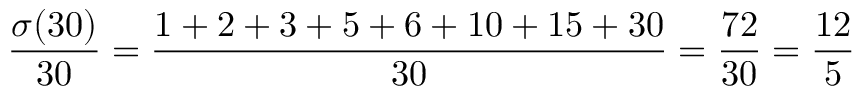
{ \frac { \sigma ( 3 0 ) } { 3 0 } } = { \frac { 1 + 2 + 3 + 5 + 6 + 1 0 + 1 5 + 3 0 } { 3 0 } } = { \frac { 7 2 } { 3 0 } } = { \frac { 1 2 } { 5 } }